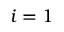
i = 1